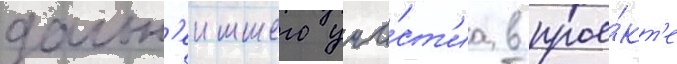
дальн'еишего уча́ст'иа в прое́кт'е